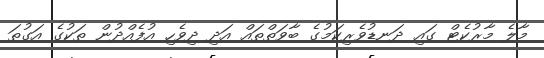
މާލެ މާރުކެޓް ގައި ދަނޑުވެރިކަމުގެ ބާވަތްތައް އަދި ދިވެހި އުފެއްދުން ތަކުގެ އަގުތަ